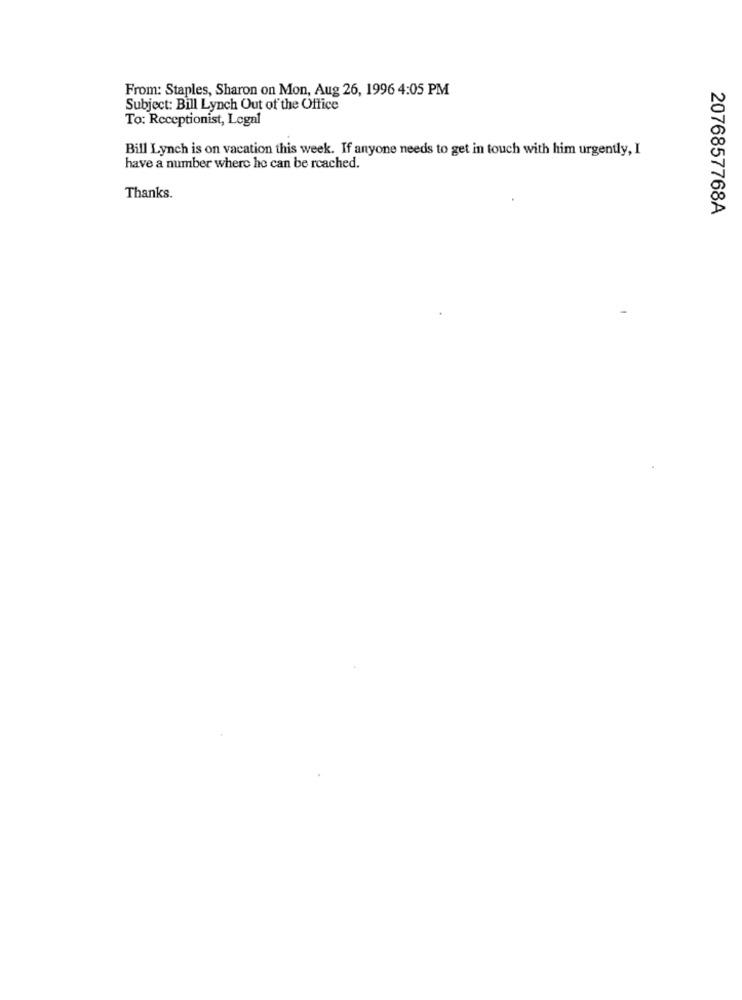
From: Staples, Sharon on Mon, Aug 26, 1996 4:05 PM
Subject: Bill Lynch Out of the Office
To: Receptionist, Legal
Bill Lynch is on vacation this week. If anyone needs to get in touch with him urgently, I
have a number where he can be reached.
Thanks.
2076857768A